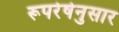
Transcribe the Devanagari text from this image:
रूपरेषेनुसार